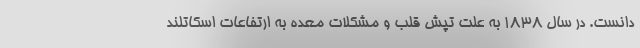
‌دانست. در سال ۱۸۳۸ به علت تپش‌ قلب و مشکلات معده به ارتفاعات اسکاتلند